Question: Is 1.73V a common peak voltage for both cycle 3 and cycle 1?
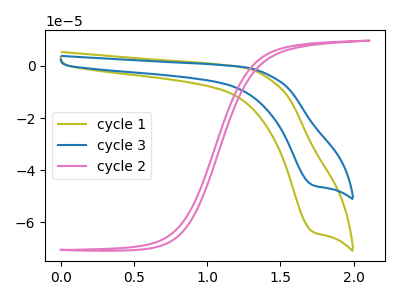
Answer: <think>The olive curve "cycle 1" has a cathodic peak at: (1.75V, -63.85uA). The blue curve "cycle 3" has a cathodic peak at: (1.75V, -45.90uA). The pink curve "cycle 2" has no peaks.</think>
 <answer>Yes, "cycle 3" and "cycle 1" share a peak at 1.73V.</answer>
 <eval>match</eval>